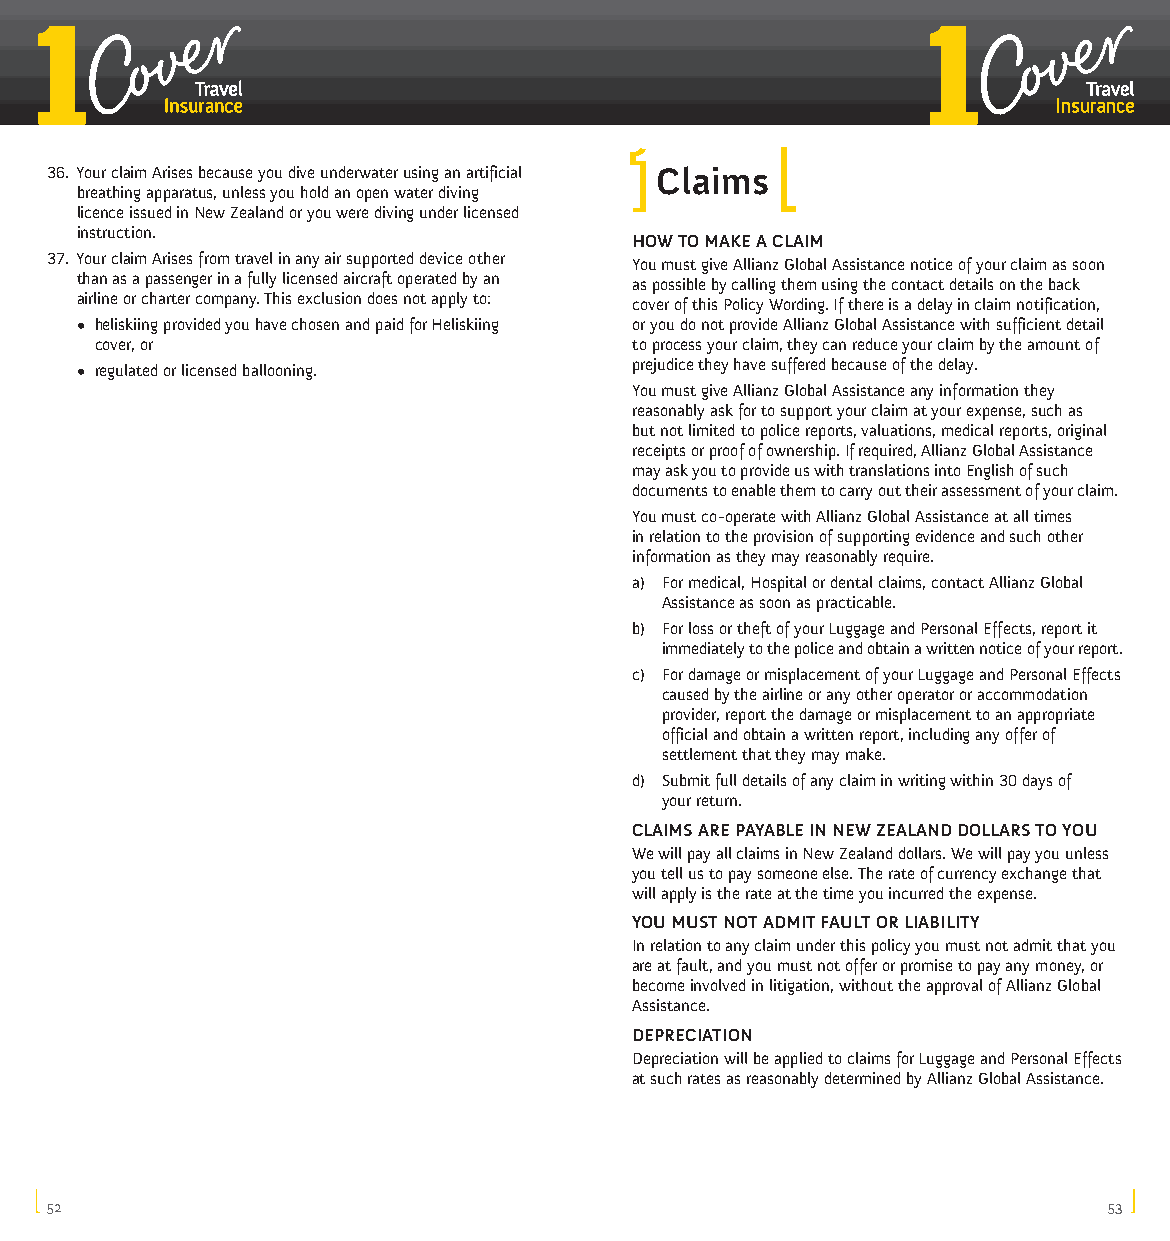
36. Your claim Arises because you dive underwater using an artificial Claims
 breathing apparatus, unless you hold an open water diving
 licence issued in New Zealand or you were diving under licensed
 instruction.
 HOW TO MAKE A CLAIM
 37. Your claim Arises from travel in any air supported device other You must give Allianz Global Assistance notice of your claim as soon
 than as a passenger in a fully licensed aircraft operated by an as possible by calling them using the contact details on the back
 airline or charter company. This exclusion does not apply to: cover of this Policy Wording. If there is a delay in claim notification,
 • heliskiing provided you have chosen and paid for Heliskiing or you do not provide Allianz Global Assistance with sufficient detail
 cover, or                           to process your claim, they can reduce your claim by the amount of
 • regulated or licensed ballooning.  prejudice they have suffered because of the delay.
 You must give Allianz Global Assistance any information they
 reasonably ask for to support your claim at your expense, such as
 but not limited to police reports, valuations, medical reports, original
 receipts or proof of ownership. If required, Allianz Global Assistance
 may ask you to provide us with translations into English of such
 documents to enable them to carry out their assessment of your claim.
 You must co-operate with Allianz Global Assistance at all times
 in relation to the provision of supporting evidence and such other
 information as they may reasonably require.
 a) For medical, Hospital or dental claims, contact Allianz Global
 Assistance as soon as practicable.
 b) For loss or theft of your Luggage and Personal Effects, report it
 immediately to the police and obtain a written notice of your report.
 c) For damage or misplacement of your Luggage and Personal Effects
 caused by the airline or any other operator or accommodation
 provider, report the damage or misplacement to an appropriate
 official and obtain a written report, including any offer of
 settlement that they may make.
 d) Submit full details of any claim in writing within 30 days of
 your return.
 CLAIMS ARE PAYABLE IN NEW ZEALAND DOLLARS TO YOU
 We will pay all claims in New Zealand dollars. We will pay you unless
 you tell us to pay someone else. The rate of currency exchange that
 will apply is the rate at the time you incurred the expense.
 YOU MUST NOT ADMIT FAULT OR LIABILITY
 In relation to any claim under this policy you must not admit that you
 are at fault, and you must not offer or promise to pay any money, or
 become involved in litigation, without the approval of Allianz Global
 Assistance.
 DEPRECIATION
 Depreciation will be applied to claims for Luggage and Personal Effects
 at such rates as reasonably determined by Allianz Global Assistance.
 52                                                                    53